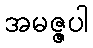
အမဇ္ဇပါ